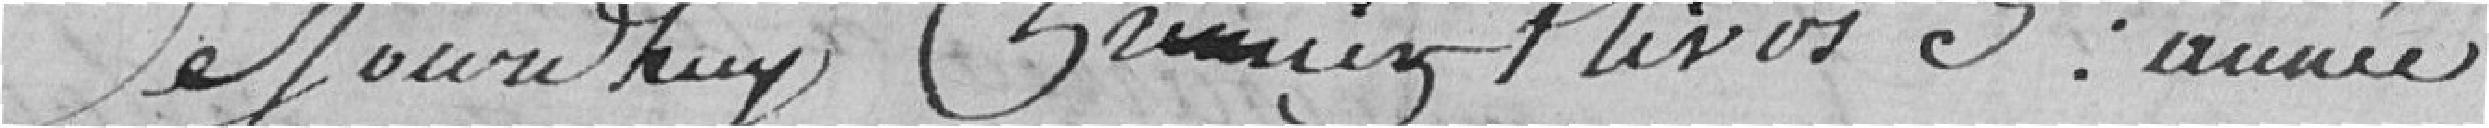
Ce jourd'huy grumiez nivôse 3eme année